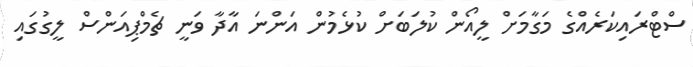
ސްޓްރައިކަރެއްގެ މަގާމަށް ލީއޯން ކުލަބަށް ކުޅެމުން އަންނަ އާދާ ވަނީ ޗެމްޕިއަންސް ލީގުގައި